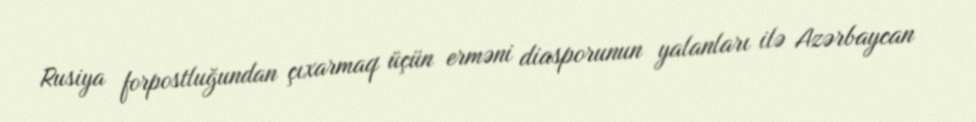
Rusiya forpostluğundan çıxarmaq üçün erməni diasporunun yalanları ilə Azərbaycan